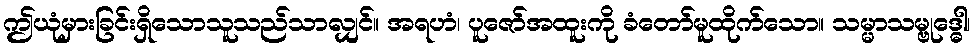
ဤယုံမှားခြင်းရှိသောသူသည်သာလျှင်။ အရဟံ၊ ပူဇော်အထူးကို ခံတော်မူထိုက်သော။ သမ္မာသမ္ဗုဒ္ဓေါ၊